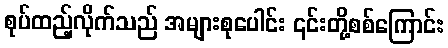
စုပ်ထည့်လိုက်သည် အများစုပေါင်း ၎င်းတို့စစ်ကြောင်း